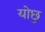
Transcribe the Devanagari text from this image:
योछु